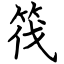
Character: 筏